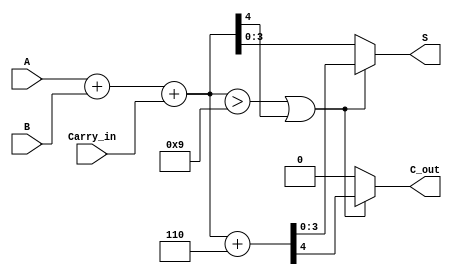
module BCD_Fast_Adder (
    input [3:0] A,         // BCD digit A (4 bits)
    input [3:0] B,         // BCD digit B (4 bits)
    input Carry_in,        // Carry input from previous addition
    output reg [3:0] S,    // BCD sum output (4 bits)
    output reg C_out       // Carry output
);
    
    wire [4:0] Sum;        // 5-bit sum to handle carry
    wire correction_needed; // Flag for correction requirement

    // Step 1: Perform binary addition of A, B, and Carry_in
    assign Sum = A + B + Carry_in;

    // Step 2: Check if correction is needed (Sum > 9)
    assign correction_needed = (Sum > 9) || Sum[4];

    // Step 3: Generate corrected sum
    always @(*) begin
        if (correction_needed) begin
            // If correction is needed, add 6 (0110 in binary)
            {C_out, S} = Sum + 5'd6;  // Concatenate for carry output
        end else begin
            // No correction needed
            C_out = 0;
            S = Sum[3:0];  // Only take the lower 4 bits
        end
    end

endmodule